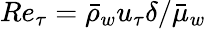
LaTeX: Re_{\tau}=\bar{\rho}_{w}u_{\tau}\delta/\bar{\mu}_{w}